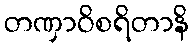
တဏှာဝိစရိတာနိ